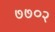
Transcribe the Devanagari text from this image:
७७०२